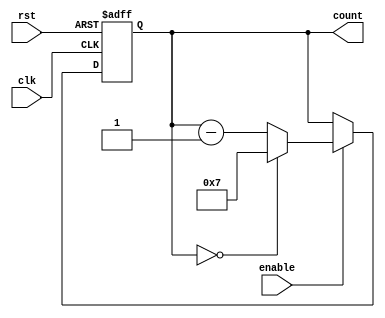
module ModuloN_Down_Counter(
    input wire clk,
    input wire rst,
    input wire enable,
    output reg [N-1:0] count
);

parameter N = 8; // Change N as needed

always @ (posedge clk or posedge rst) begin
    if (rst) begin
        count <= N-1;
    end else begin
        if (enable) begin
            if (count == 0) begin
                count <= N-1;
            end else begin
                count <= count - 1;
            end
        end
    end
end

endmodule